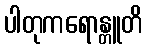
ပါတုကရောန္တူတိ